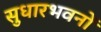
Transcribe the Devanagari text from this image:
सुधारभवनों